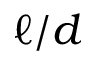
\ell / d